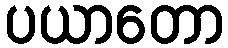
ပယာတော